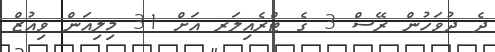
ދެ ދުވަހުން ރޭސް 3 ގެ ޓްރެއިލަރ އަށް 31 މިލިއަން ވިއުޒް